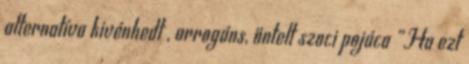
alternatíva kivénhedt , arrogáns, öntelt szoci pojáca “Ha ezt